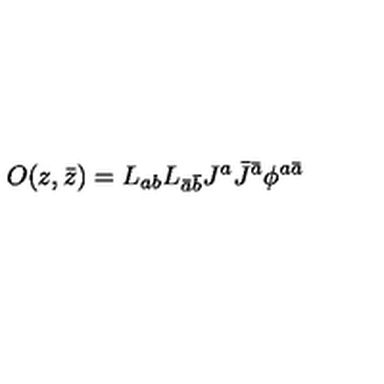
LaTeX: O ( z , \bar { z } ) = L _ { a b } L _ { \bar { a } \bar { b } } J ^ { a } \bar { J } ^ { \bar { a } } \phi ^ { a \bar { a } }